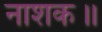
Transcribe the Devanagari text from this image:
नाशक॥